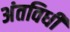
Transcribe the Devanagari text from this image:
अंतविधी